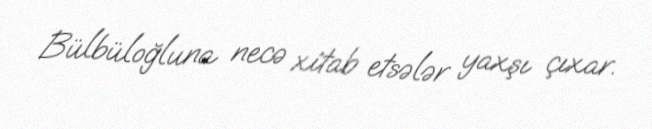
Bülbüloğluna necə xitab etsələr yaxşı çıxar.